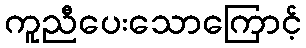
ကူညီပေးသောကြောင့်